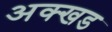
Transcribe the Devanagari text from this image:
अक्खड